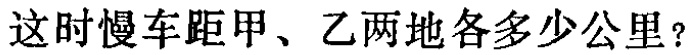
这时慢车距甲、乙两地各多少公里？